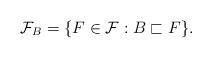
LaTeX: \begin{align*}\mathcal{F}_B=\{F\in\mathcal{F}: B\sqsubset F\}.\end{align*}